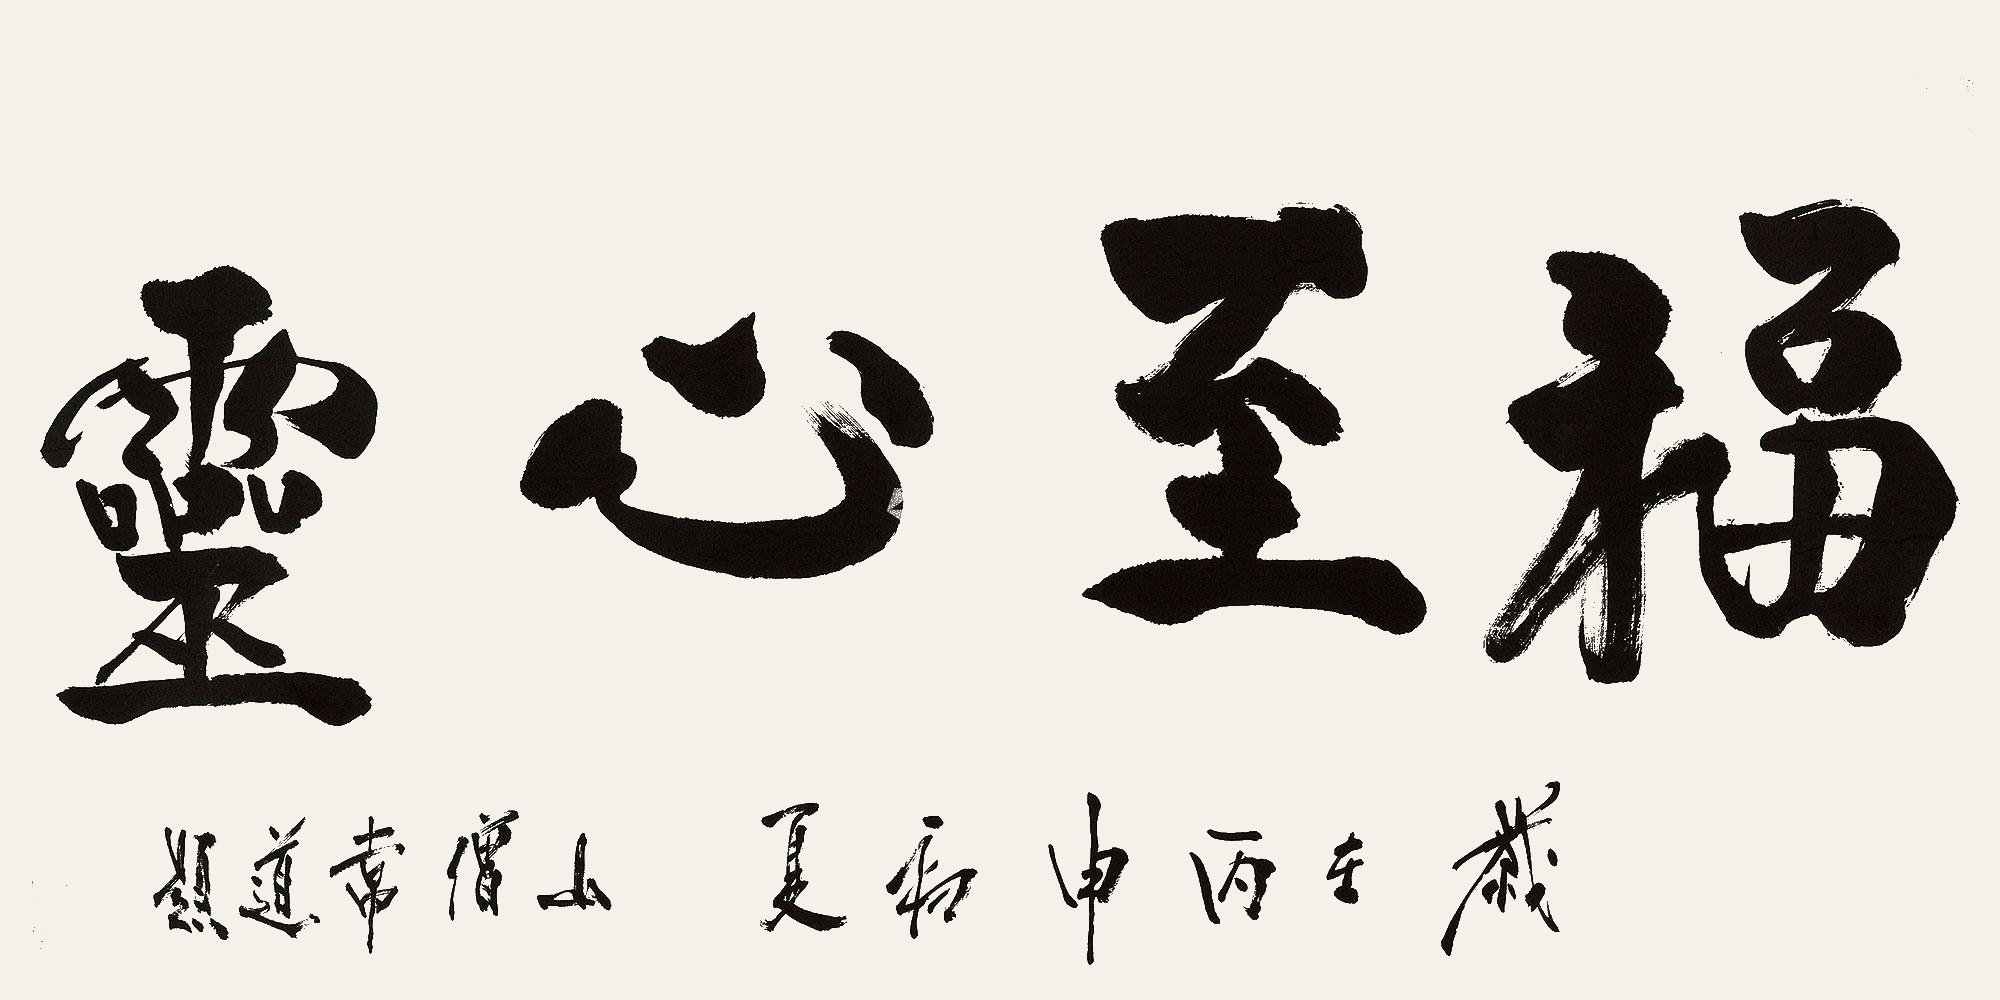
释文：福至心灵岁在丙申初夏，山僧常道题。